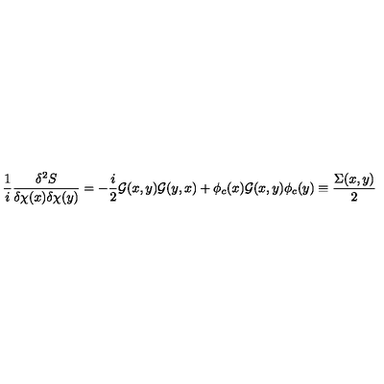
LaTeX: \frac { 1 } { i } \frac { \delta ^ { 2 } S } { \delta \chi ( x ) \delta \chi ( y ) } = - \frac { i } { 2 } { \cal G } ( x , y ) { \cal G } ( y , x ) + \phi _ { c } ( x ) { \cal G } ( x , y ) \phi _ { c } ( y ) \equiv \frac { \Sigma ( x , y ) } { 2 }